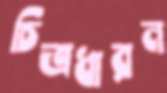
চিত্রধারন